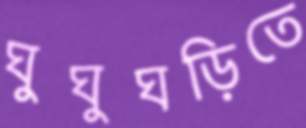
ঘুঘুঘড়িতে